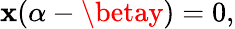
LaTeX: \mathbf{x}(\alpha-\betay)=0,